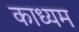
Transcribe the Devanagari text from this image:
काध्यम